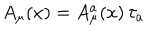
LaTeX: A _ { \mu } ( x ) = A _ { \mu } ^ { a } ( x ) \, \tau _ { a }